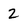
Character: 2